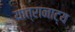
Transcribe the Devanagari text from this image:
यात्रानाट्य